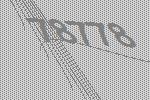
78778